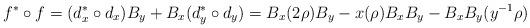
LaTeX: \begin{align*}f^* \circ f = (d_x^* \circ d_x) B_y + B_x(d_y^* \circ d_y) = B_x(2\rho) B_y - x(\rho) B_xB_y -B_xB_y(y^{-1}\rho)\end{align*}